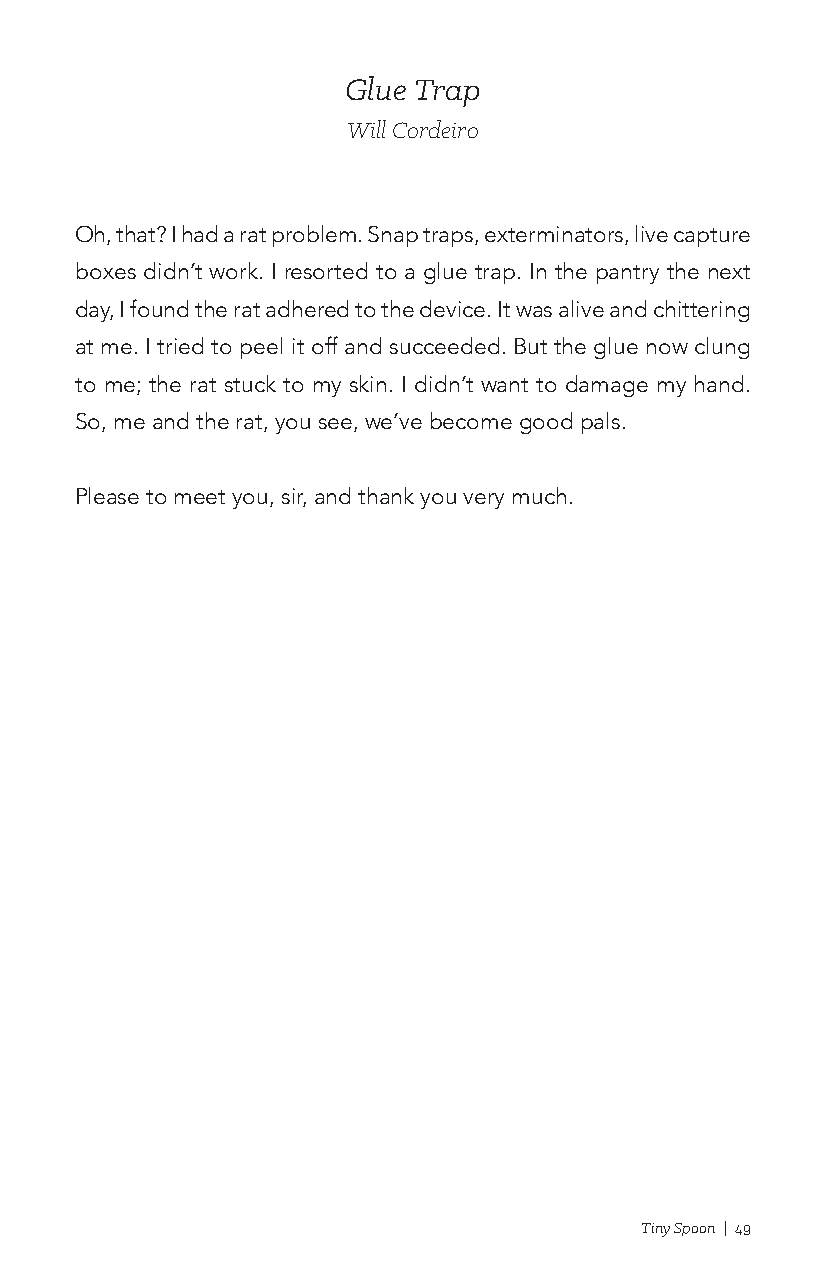
Glue Trap
 Will Cordeiro
 Oh, that? I had a rat problem. Snap traps, exterminators, live capture
 boxes didn’t work. I resorted to a glue trap. In the pantry the next
 day, I found the rat adhered to the device. It was alive and chittering
 at me. I tried to peel it off and succeeded. But the glue now clung
 to me; the rat stuck to my skin. I didn’t want to damage my hand.
 So, me and the rat, you see, we’ve become good pals.
 Please to meet you, sir, and thank you very much.
 Tiny Spoon | 49